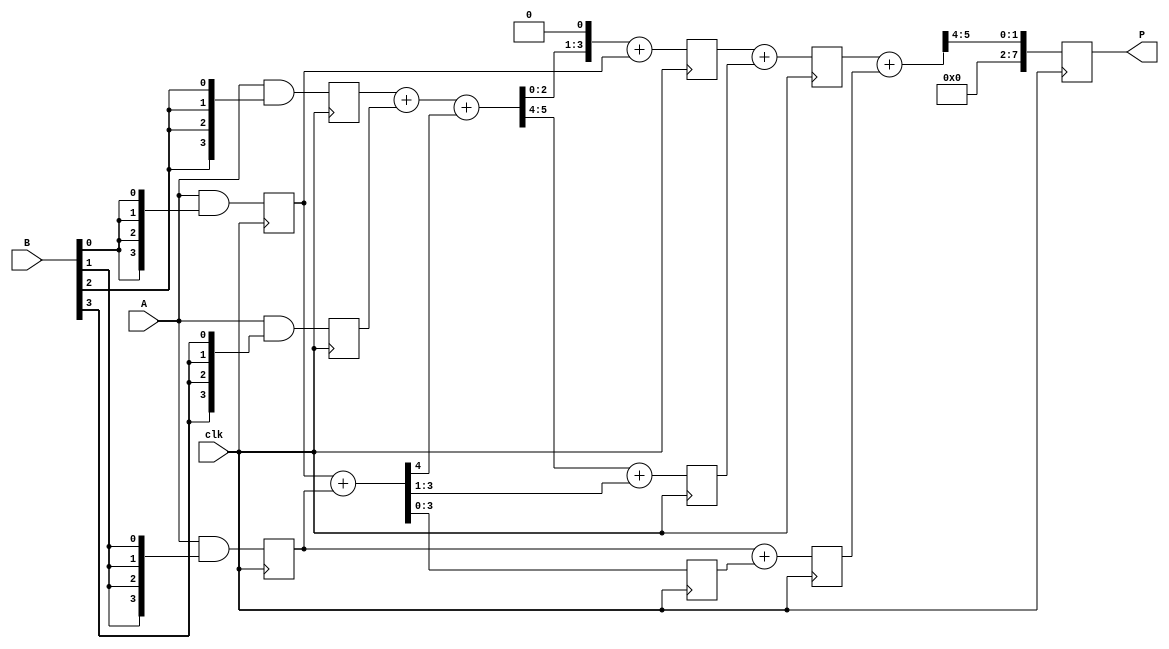
module WallaceTreeMultiplier(
    input wire clk,
    input wire [3:0] A,
    input wire [3:0] B,
    output reg [7:0] P
);

    // Internal registers for storing partial products
    reg [3:0] pp[3:0]; // Partial products
    reg [7:0] sum[2:0]; // For the reduction stages
    reg [3:0] carry[2:0]; // Carry bits

    // Generate Partial Products at rising edge of the clock
    always @(posedge clk) begin
        // Generate Partial Products
        pp[0] = A & {4{B[0]}};
        pp[1] = A & {4{B[1]}};
        pp[2] = A & {4{B[2]}};
        pp[3] = A & {4{B[3]}};
    end

    // Wallace Tree reduction
    wire [3:0] ha1_sum, ha1_carry;
    wire [3:0] fa1_sum, fa1_carry;
    
    // First stage of reduction
    always @(posedge clk) begin
        // Half Adders and Full Adders for the first level
        {ha1_carry, ha1_sum} = pp[0] + pp[1]; // HA
        {fa1_carry, fa1_sum} = pp[2] + pp[3] + ha1_carry; // FA
        sum[0] = {fa1_sum[2:0], 1'b0} + pp[0]; // Combine and shift
        carry[0] = {1'b0, fa1_carry} + ha1_sum[3:1]; // Carry bits
    end

    wire [4:0] ha2_sum, fa2_sum, fa2_carry;

    // Second stage of reduction
    always @(posedge clk) begin
        {fa2_carry, fa2_sum} = sum[0][4:0] + carry[0][3:0]; // FA
        {ha2_sum, carry[1]} = {1'b0, pp[1]} + {1'b0, ha1_sum}; // HA and carry
    end

    // Final addition
    always @(posedge clk) begin
        {P[7:0], carry[2]} = {1'b0, fa2_sum} + {1'b0, carry[1]}; // Final Sum
    end
    
endmodule